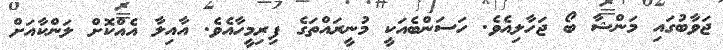
ޖަވާބުގައި މަންޝާ ބޯ ޖަހާލިއެވެ. ހަސަންބެއަކީ މުނީރައްތަގެ ފިރިމީހާއެވެ. އާއިލާ އެއްކޮށް ލަންކާއަށް